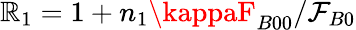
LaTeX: \mathbb{R}_{1}=1+n_{1}\kappaF_{B00}/\mathcal{{F}}_{B0}